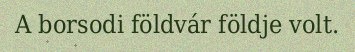
A borsodi földvár földje volt.